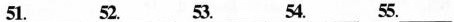
51.___ 52.___ 53.___ 54.___ 55.___